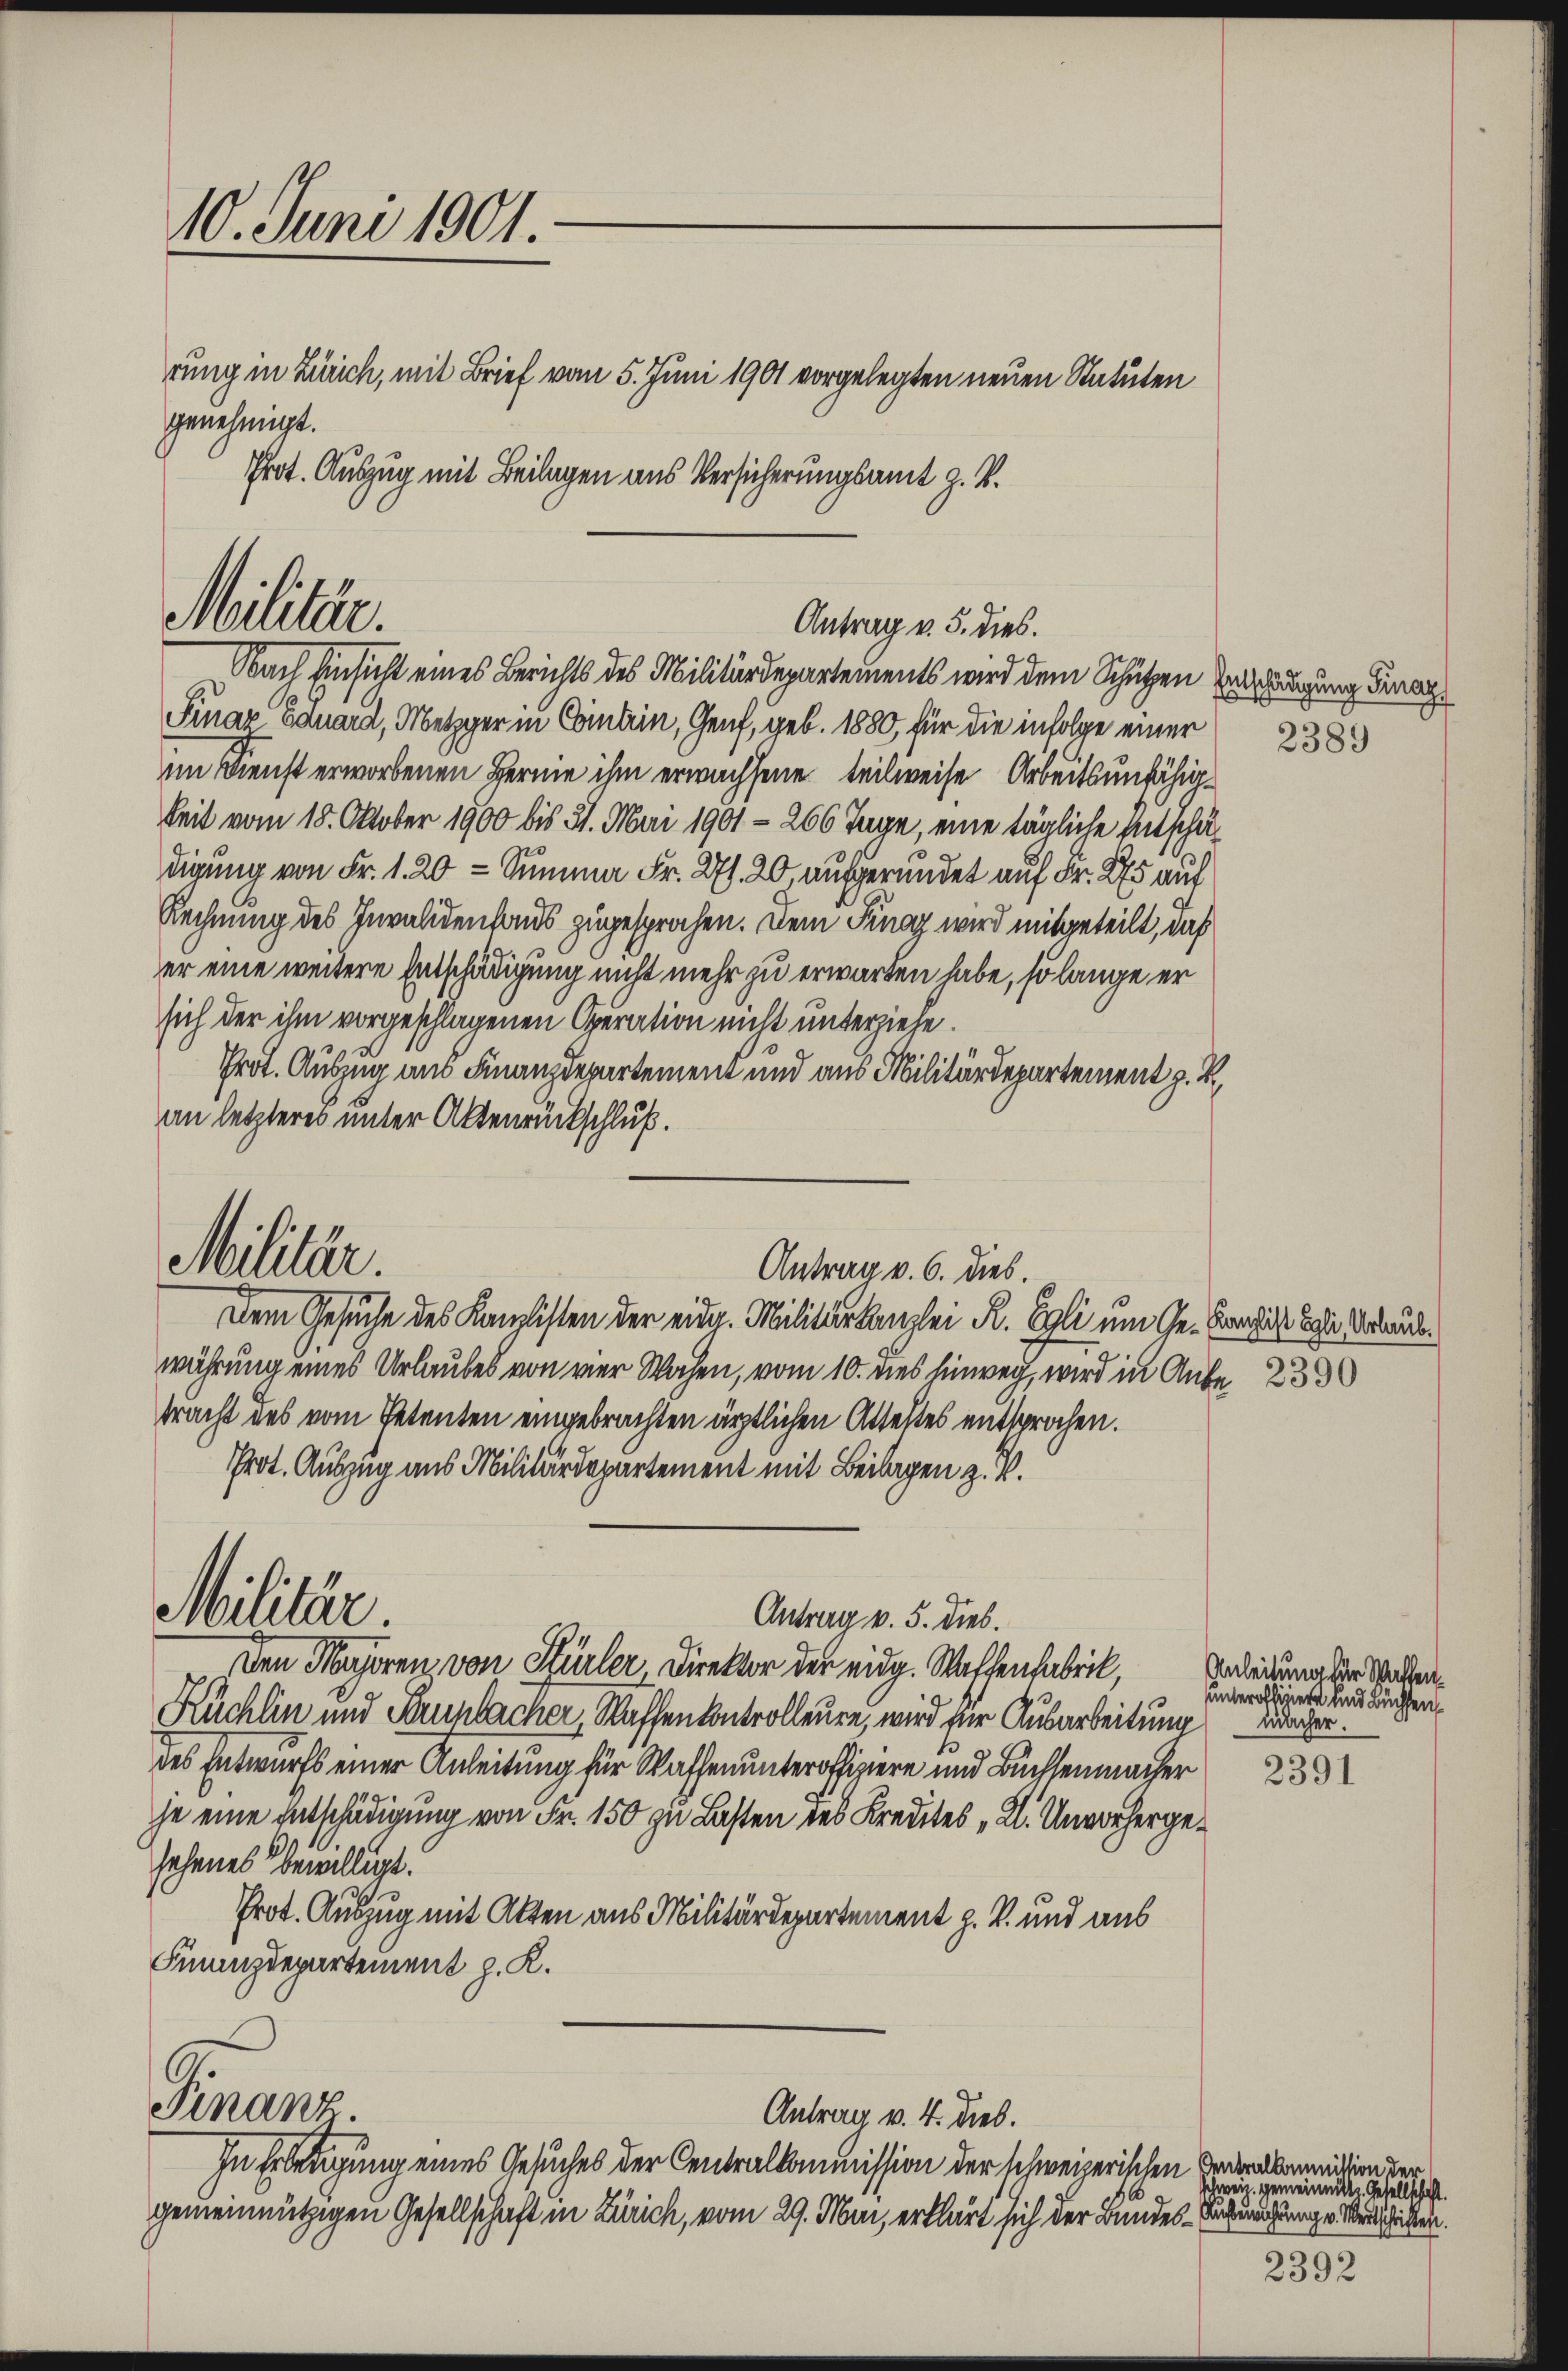
10. Juni 1901.

Militär.

Militär.

Finanz

rung in Zürich, mit Brief vom 5. Juni 1901 vorgelegten neuen Statuten
genehmigt.
Prot. Auszug mit Beilagen aus Versicherungsamt z. B.

Antrag v. 5. dies.

Nach Einsicht eines Berichts des Militärdepartements wird dem Schützen Ungung dera
Finaz Eduard, Metzger in Comtein, Genf, geb. 1880, für die infolge einer
im Dienst erworbenen Berne ihm erwachsene teilweise Arbeitsunfähigkeit vom 18. Oktober 1900 bis 31. Mai 1901 - 266 Tage, eine tägliche Entschädigung von Fr. 1. 20 - Summa Fr. 27. 20, aufgeründet auf Fr. 275 auf
Rechnung des Invalidenhaus zugesprochen. Dem Fingg wird mitgeteilt, daß
er eine weitere Entschädigung nicht mehr zu erwarten habe, so lange er
sich der ihm vorgeschlagenen Operation nicht unterziehe.
Prot. Auszug aus Finanzdepartement und aus Militärdepartement z. B.
an letzteres unter Aktenrückschluß.
Dem Gesuche des Kanzlisten der eide. Militärkanzlei R. Egli um Ge- Conchist Sohne Vorauswährung eines Urlaubes von vier Wochen, vom 10. dies hinweg, wird in Anbe- 23
tracht des vom Petenten eingebrachten ärztlichen Attestes entsprochen.
Prot. Auszug aus Militärdepartement mit Beilagen z. B.
Militär.
Antrag v. 5. dies.
Den Majoren von Hürler, Direktor der eidg. Waffenfabrik,
Küchlin und Taupbacher, Waffenkontrolleure, wird für Ausarbeitung wacher.
des Entwurfs einer Anleitung für Waffen unteroffiziere und Buchsenmacher
he eine Entschädigung von Fr. 150 zu Lasten des Kredites „Kl. Unvorhergesehenes bewilligt.
Prot. Auszug mit Akten aus Militärdepartement z. B. und aus
Finanzdepartement z. K.

Antrag v. 6. dies

In Erledigung eines Gesuches der Centralkommission der schweizerischen Braunition der
gemeinnützigen Gesellschaft in Zürich, vom 29. Mai, erklärt sich der Bundes-Erfurchtung v. Beschickten.

Antrag v. 4. Dieb.

2389

Anleitung für Wahlenunteroffiziere und Buchsen

2391

schweiz. gemeinnitt. Gesellschaft.

2392